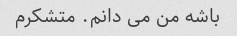
باشه من می دانم. متشکرم